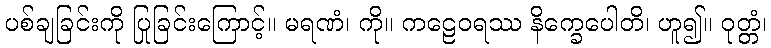
ပစ်ချခြင်းကို ပြုခြင်းကြောင့်။ မရဏံ၊ ကို။ ကဠေဝရဿ နိက္ခေပေါတိ၊ ဟူ၍။ ဝုတ္တံ၊